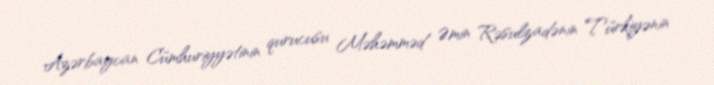
Azərbaycan Cümhuriyyətinin qurucusu Məhəmməd Əmin Rəsulzadənin Türkiyənin